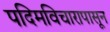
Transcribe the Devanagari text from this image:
पदिमविचारापासून